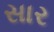
સાર